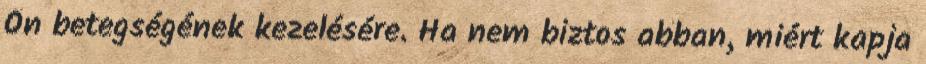
Ön betegségének kezelésére. Ha nem biztos abban, miért kapja